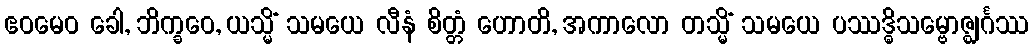
ဧဝမေဝ ခေါ, ဘိက္ခဝေ, ယသ္မိံ သမယေ လီနံ စိတ္တံ ဟောတိ, အကာလော တသ္မိံ သမယေ ပဿဒ္ဓိသမ္ဗောဇ္ဈင်္ဂဿ